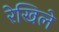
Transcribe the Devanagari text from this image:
रेखिले